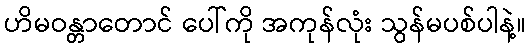
ဟိမဝန္တာတောင် ပေါ်ကို အကုန်လုံး သွန်မပစ်ပါနဲ့။